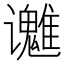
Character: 𬤱